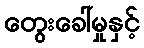
တွေးခေါ်မှုနှင့်